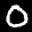
Label: 0